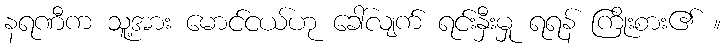
နရဏီက သူ့အား မောင်ငယ်ဟု ခေါ်လျက် ရင်းနှီးမှု ရရန် ကြိုးစား၏ ။